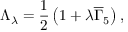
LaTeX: \Lambda _ { \lambda } = \frac 1 2 \left( 1 + \lambda \overline { { { \Gamma } } } _ { 5 } \right) ,